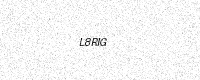
Text: L8RIG